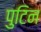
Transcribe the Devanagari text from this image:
पुटिन